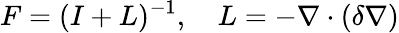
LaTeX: F=(I+L)^{-1},\quad L=-\nabla\cdot(\delta\nabla)